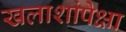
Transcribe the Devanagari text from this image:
खलाशांपेक्षा